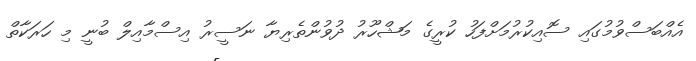
އެއްބަސްވުމުގައި ސޮއިކުރުމަށްފަހު ކުރީގެ މަޝްހޫރު ދުވުންތެރިޔާ ނަސީރު އިސްމާއިލް ބުނީ މި ހަރަކާތް